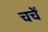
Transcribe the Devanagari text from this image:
चचें